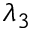
\lambda _ { 3 }